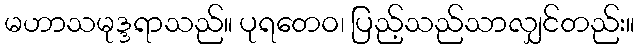
မဟာသမုဒ္ဒရာသည်။ ပုရတေဝ၊ ပြည့်သည်သာလျှင်တည်း။